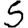
Digit: 5